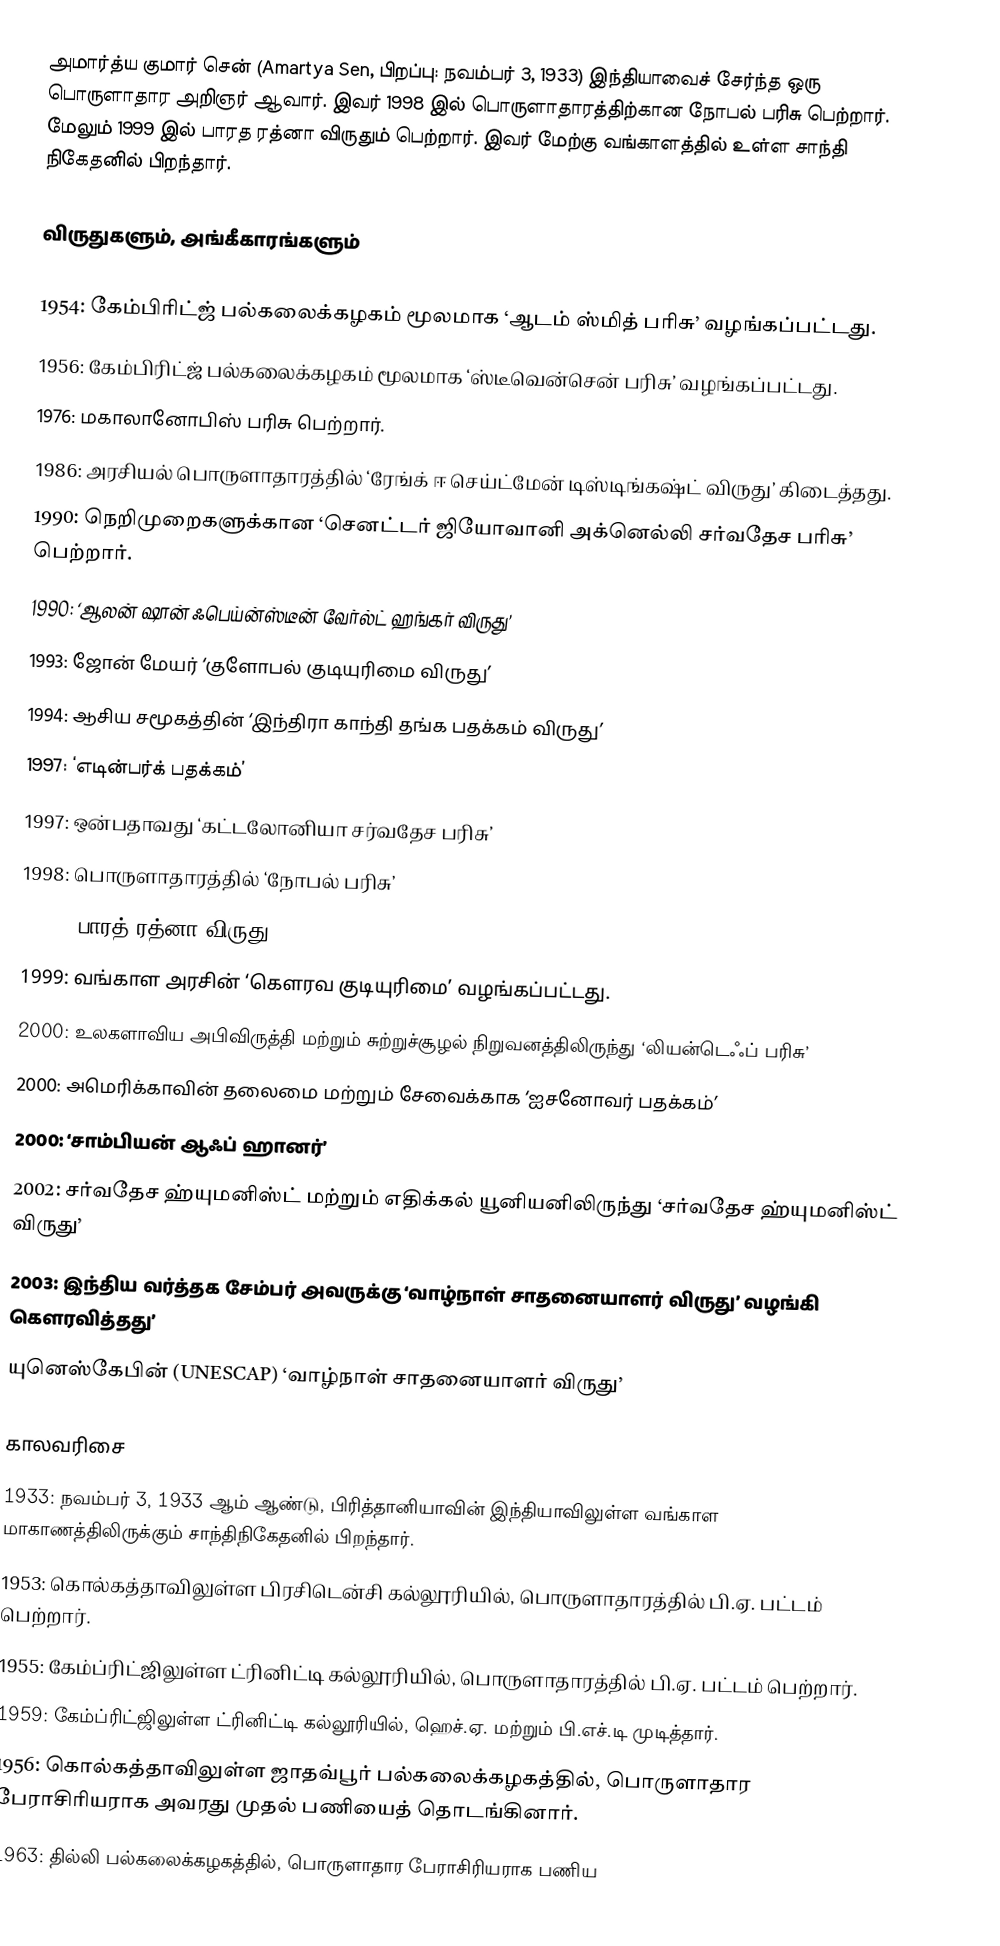
அமார்த்ய குமார் சென் (Amartya Sen, பிறப்பு: நவம்பர் 3, 1933) இந்தியாவைச் சேர்ந்த ஒரு பொருளாதார அறிஞர் ஆவார். இவர் 1998 இல் பொருளாதாரத்திற்கான நோபல் பரிசு பெற்றார். மேலும் 1999 இல் பாரத ரத்னா விருதும் பெற்றார். இவர் மேற்கு வங்காளத்தில் உள்ள சாந்தி நிகேதனில் பிறந்தார்.

விருதுகளும், அங்கீகாரங்களும்

 1954: கேம்பிரிட்ஜ் பல்கலைக்கழகம் மூலமாக ‘ஆடம் ஸ்மித் பரிசு’ வழங்கப்பட்டது.
 	1956: கேம்பிரிட்ஜ் பல்கலைக்கழகம் மூலமாக ‘ஸ்டீவென்சென் பரிசு’ வழங்கப்பட்டது.
 	1976: மகாலானோபிஸ் பரிசு பெற்றார்.
 	1986: அரசியல் பொருளாதாரத்தில் ‘ரேங்க் ஈ செய்ட்மேன் டிஸ்டிங்கஷ்ட் விருது’ கிடைத்தது.
 	1990: நெறிமுறைகளுக்கான ‘செனட்டர் ஜியோவானி அக்னெல்லி சர்வதேச பரிசு’ பெற்றார்.
 	1990: ‘ஆலன் ஷான் ஃபெய்ன்ஸ்டீன் வேர்ல்ட் ஹங்கர் விருது’
 	1993: ஜோன் மேயர் ‘குளோபல் குடியுரிமை விருது’
 	1994: ஆசிய சமூகத்தின் ‘இந்திரா காந்தி தங்க பதக்கம் விருது’
 	1997: ‘எடின்பர்க் பதக்கம்’
 	1997: ஒன்பதாவது ‘கட்டலோனியா சர்வதேச பரிசு’
 	1998: பொருளாதாரத்தில் ‘நோபல் பரிசு’
 	1999: ‘பாரத் ரத்னா விருது’
 	1999: வங்காள அரசின் ‘கெளரவ குடியுரிமை’ வழங்கப்பட்டது.
 	2000: உலகளாவிய அபிவிருத்தி மற்றும் சுற்றுச்சூழல் நிறுவனத்திலிருந்து ‘லியன்டெஃப் பரிசு’
 	2000: அமெரிக்காவின் தலைமை மற்றும் சேவைக்காக ‘ஐசனோவர் பதக்கம்’
 	2000: ‘சாம்பியன் ஆஃப் ஹானர்’
 	2002: சர்வதேச ஹ்யுமனிஸ்ட் மற்றும் எதிக்கல் யூனியனிலிருந்து ‘சர்வதேச ஹ்யுமனிஸ்ட் விருது’
 	2003: இந்திய வர்த்தக சேம்பர் அவருக்கு ‘வாழ்நாள் சாதனையாளர் விருது’ வழங்கி கௌரவித்தது’
 யுனெஸ்கேபின் (UNESCAP) ‘வாழ்நாள் சாதனையாளர் விருது’

காலவரிசை
 1933: நவம்பர் 3, 1933 ஆம் ஆண்டு, பிரித்தானியாவின் இந்தியாவிலுள்ள வங்காள மாகாணத்திலிருக்கும் சாந்திநிகேதனில் பிறந்தார்.
  1953: கொல்கத்தாவிலுள்ள பிரசிடென்சி கல்லூரியில், பொருளாதாரத்தில் பி.ஏ. பட்டம் பெற்றார்.
  1955: கேம்ப்ரிட்ஜிலுள்ள ட்ரினிட்டி கல்லூரியில், பொருளாதாரத்தில் பி.ஏ. பட்டம் பெற்றார்.
  1959: கேம்ப்ரிட்ஜிலுள்ள ட்ரினிட்டி கல்லூரியில், ஹெச்.ஏ. மற்றும் பி.எச்.டி முடித்தார்.
  1956: கொல்கத்தாவிலுள்ள ஜாதவ்பூர் பல்கலைக்கழகத்தில், பொருளாதார பேராசிரியராக அவரது முதல் பணியைத் தொடங்கினார்.
  1963: தில்லி பல்கலைக்கழகத்தில், பொருளாதார பேராசிரியராக பணிய